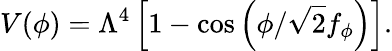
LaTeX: V(\phi)=\Lambda^{4}\left[1-\cos\left(\phi/\sqrt{2}f_{\phi}\right)\right].